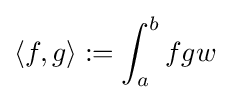
\langle f,g\rangle :=\int _{a}^{b}fgw